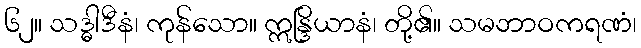
၆၂။ သဒ္ဓါဒီနံ၊ ကုန်သော။ ဣန္ဒြိယာနံ၊ တို့၏။ သမဘာဝကရဏံ၊